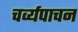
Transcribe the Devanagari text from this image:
चर्व्यपाचन